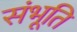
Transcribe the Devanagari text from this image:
संभूति